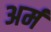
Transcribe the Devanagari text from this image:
अर्म